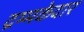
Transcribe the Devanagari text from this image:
द्रम्मकेदार